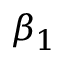
\beta _ { 1 }